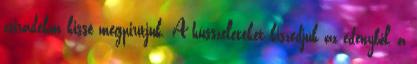
zsiradékon kissé megpirítjuk. A hússzeleteket kiszedjük az edényből, a